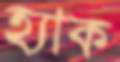
হ্যাক